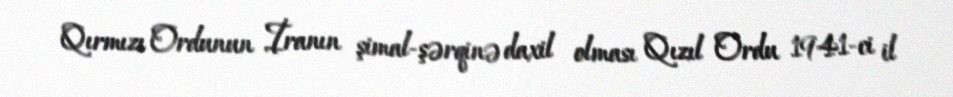
Qırmızı Ordunun İranın şimal-şərqinə daxil olması Qızıl Ordu 1941-ci il